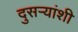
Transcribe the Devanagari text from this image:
दुसऱ्यांशी